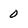
Character: 0